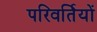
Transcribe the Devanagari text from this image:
परिवर्तियों